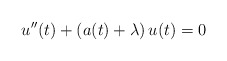
\begin{align*}u''(t)+(a(t)+\lambda)\,u(t)=0\end{align*}